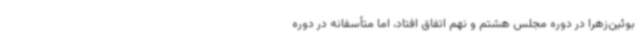
بوئین‌زهرا در دوره مجلس هشتم و نهم اتفاق افتاد، اما متأسفانه در دوره